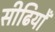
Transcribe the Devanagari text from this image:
सीढियोँ